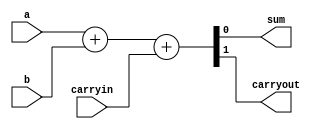
// Adder circuit

// define gates with delays
`define AND and #50
`define OR or #50
`define NOT not #50
`define XOR xor #50

module behavioralFullAdder
(
    output sum, 
    output carryout,
    input a, 
    input b, 
    input carryin

);
    // Uses concatenation operator and built-in '+'
    assign {carryout, sum}=a+b+carryin;
endmodule

module structuralFullAdder
(
    output sum, 
    output carryout,
    input a, 
    input b, 
    input carryin
);
    // Your adder code here

    wire axorb, ab, bc, ac, aborac, aboracorbc;

    // Calculate sum
    `XOR pre_sum_gate (axorb, a, b);
    `XOR sum_gate (sum, axorb, carryin);

    // Input ands
    `AND and0 (ab, a, b);
    `AND and1 (bc, b, carryin);
    `AND and2 (ac, a, carryin);
    
    // Determine carryout
    `OR aborac_gate (aborac, ab, ac);
    `OR aboracorbc_gate (aboracorbc, aborac, bc);
    `OR carry_gate (carryout, aboracorbc, ac);
    

endmodule